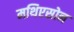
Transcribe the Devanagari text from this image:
मथिएसोन